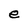
Character: e